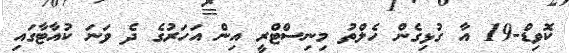
ކޮވިޑް-19 އާ ގުޅިގެން ހެލްތު މިނިސްޓްރީ އިން އަހަރުގެ ދެ ވަނަ ކުއާޓާގައި